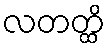
လတတ္ထိ